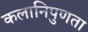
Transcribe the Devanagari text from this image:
कलानिपुणता